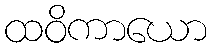
ထဝိကာယော